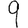
Digit: 9